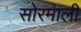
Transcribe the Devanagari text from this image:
सोरमाली